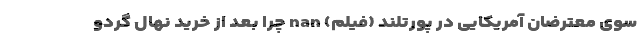
سوی معترضان آمریکایی در پورتلند (فیلم) nan چرا بعد از خرید نهال گردو